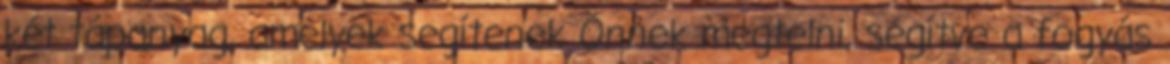
két tápanyag, amelyek segítenek Önnek megtelni, segítve a fogyás